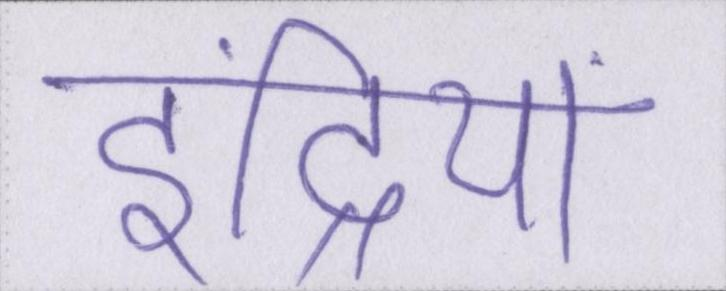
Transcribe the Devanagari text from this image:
इंद्रियां